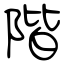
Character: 階